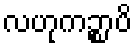
လဟုကဉ္စာပိ